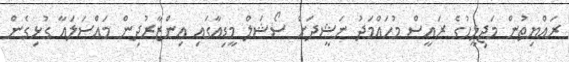
ރައްޔިތުން މަޖިލީހުގެ ރައީސް މުހައްމަދު ނަޝީދަށް ސޯޝަލް މީޑިއާގައި އިންޒާރުދިން މައްސަލައާ ގުޅިގެން